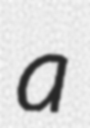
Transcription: a